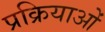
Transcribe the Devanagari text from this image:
प्रक्रियाओं